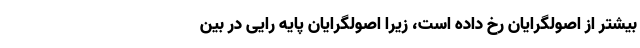
بیشتر از اصولگرایان رخ داده است، زیرا اصولگرایان پایه رایی در بین